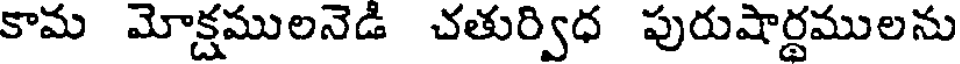
కామ మోక్షములనెడి చతుర్విధ పురుషార్థములను